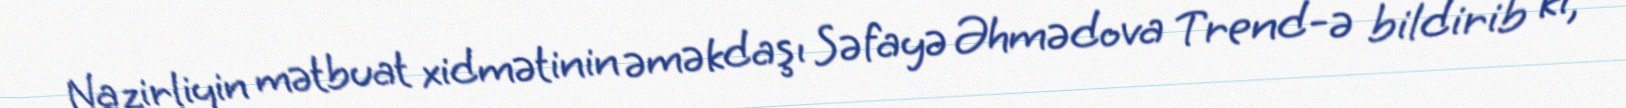
Nazirliyin mətbuat xidmətinin əməkdaşı Səfayə Əhmədova Trend-ə bildirib ki,